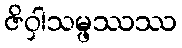
ဇိဝှါသမ္ဖဿဿ